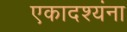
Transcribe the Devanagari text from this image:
एकादश्यंना